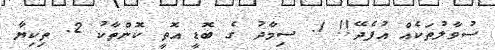
ސުވާލުތަކެއް އުފެދޭ!! 1. ސިމާދު ގެ ބޮޑީ އޮތީ ކޮންތާކު 2. ތިިކިޔާ